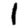
Digit: 1